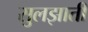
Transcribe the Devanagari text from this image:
सुलझाती